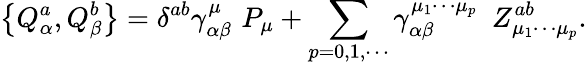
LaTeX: \left\{ Q_{\alpha}^{a},Q_{\beta}^{b}\right\} =\delta^{ab}\gamma_{\alpha\beta}^{\mu}\, \, P_{\mu}+\sum_{p=0,1,\cdots}\gamma_{\alpha\beta}^{\mu_{1}\cdots\mu_{p}}\, \, \, Z_{\mu_{1}\cdots\mu_{p}}^{ab}.